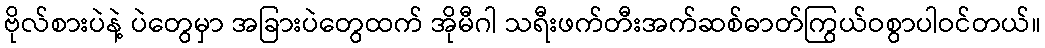
ဗိုလ်စားပဲနဲ့ ပဲတွေမှာ အခြားပဲတွေထက် အိုမီဂါ သရီးဖက်တီးအက်ဆစ်ဓာတ်ကြွယ်ဝစွာပါဝင်တယ်။